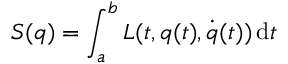
\displaystyle S ( { \boldsymbol { q } } ) = \int _ { a } ^ { b } L ( t , { \boldsymbol { q } } ( t ) , { \dot { \boldsymbol { q } } } ( t ) ) \, \mathrm { d } t